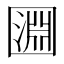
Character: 㘤